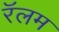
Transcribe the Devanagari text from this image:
रॅलम